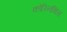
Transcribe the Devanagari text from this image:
कोरिनथिंस